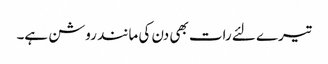
تیرے لئے رات بھی دن کی مانند روشن ہے۔